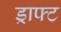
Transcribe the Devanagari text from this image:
ड्राफ्‍ट